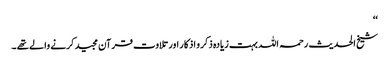
‘‘
شیخ الحدیث رحمہ اللہ بہت زیادہ ذکر و اذکار اور تلاوت قرآن مجید کرنے والے تھے ۔